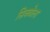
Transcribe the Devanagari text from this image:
सिक्वेला